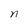
Character: n